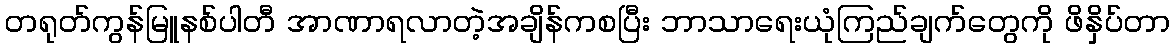
တရုတ်ကွန်မြူနစ်ပါတီ အာဏာရလာတဲ့အချိန်ကစပြီး ဘာသာရေးယုံကြည်ချက်တွေကို ဖိနှိပ်တာ